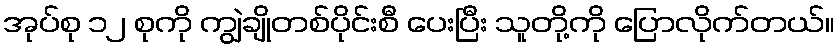
အုပ်စု ၁၂ စုကို ကျွဲချိုတစ်ပိုင်းစီ ပေးပြီး သူတို့ကို ပြောလိုက်တယ်။